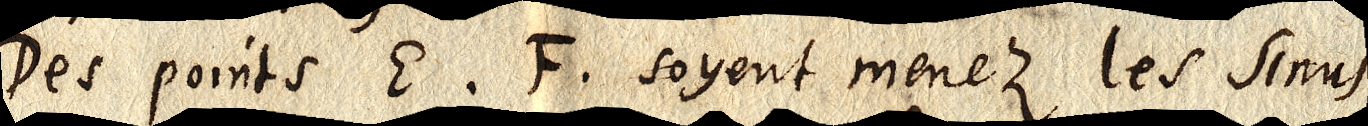
Des points E. F. soyent menez les sinus